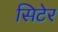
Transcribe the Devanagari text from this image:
सिटेर